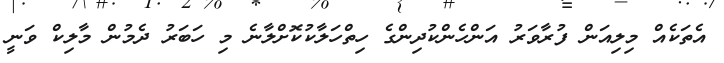
އެތަކެއް މިލިއަން ފުރާވަރު އަންހެންކުދިންގެ ހިތްހަލާކުކޮށްލާނެ މި ހަބަރު ދެމުން މާލިކް ވަނީ